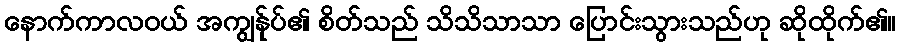
နောက်ကာလဝယ် အကျွန်ုပ်၏ စိတ်သည် သိသိသာသာ ပြောင်းသွားသည်ဟု ဆိုထိုက်၏။